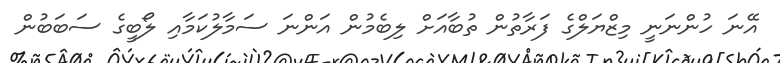
އޭނަ ހުންނަނީ މިޒްޔަލްގެ ފަރާތުން ތުބާއަށް ލިބެމުން އަންނަ ސަމާލުކަމާއި ލޯބީގެ ސަބަބުން